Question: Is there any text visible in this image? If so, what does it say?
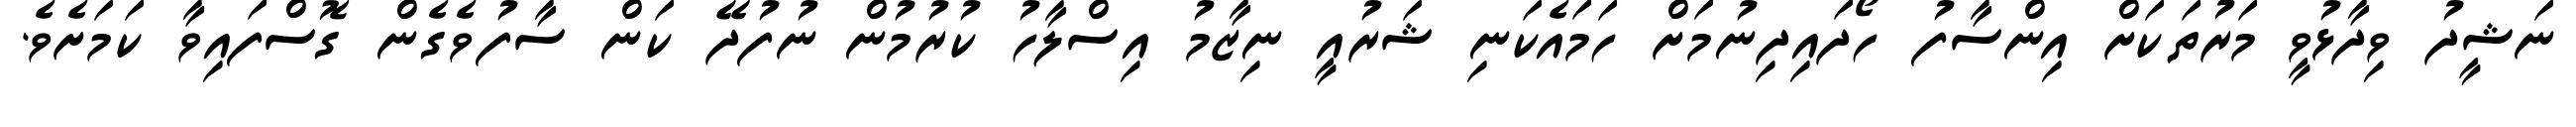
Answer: ނަޝީދު ވިދާޅުވީ މަރުތަކަށް އިންސާފު ހޯދައިދިނުމަށް ހަމައެކަނި ޝަރުއީ ނިޒާމު އިސްލާހު ކުރުމުން ނުފުދޭ ކަން ސާފުވެގެން ގޮސްފައިވާ ކަމަށެވެ.